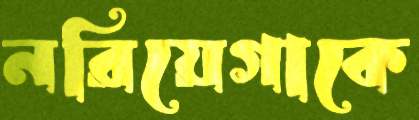
নরিয়েগাকে